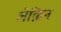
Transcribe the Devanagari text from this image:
लेक़िन